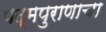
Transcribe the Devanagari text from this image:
पद्‌मपुराणाचा